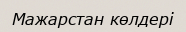
Мажарстан көлдері